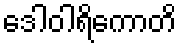
ဒေါဝါရိကောတိ